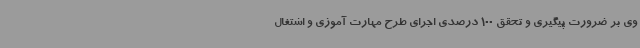
وی بر ضرورت پیگیری و تحقق 100 درصدی اجرای طرح مهارت آموزی و اشتغال